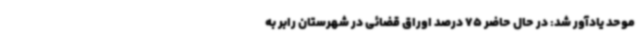
موحد یادآور شد: در حال حاضر 75 درصد اوراق قضائی در شهرستان رابر به